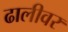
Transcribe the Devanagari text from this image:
ढालीवर